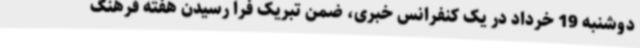
دوشنبه 19 خرداد در یک کنفرانس خبری، ضمن تبریک فرا رسیدن هفته فرهنگ